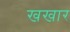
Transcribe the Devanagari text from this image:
खखार